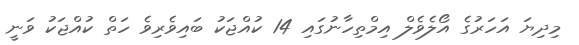
މިދިޔަ އަހަރުގެ އޯލެވެލް އިމްތިހާނުގައި 14 ކުއްޖަކު ބައިވެރިވެ ހަތް ކުއްޖަކު ވަނީ